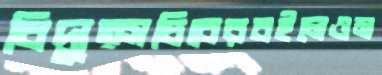
বিদ্যুত্সচিবেরবইলেওম